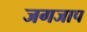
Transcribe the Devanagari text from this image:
जगजाप